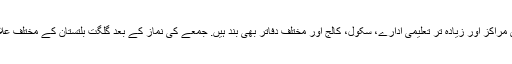
گلگت شہر کے مختلف علاقوں میں سیکیورٹی ہائی الرٹ ہے، جبکہ کاروبای مراکز اور زیادہ تر تعلیمی ادارے، سکول، کالج اور مختلف دفاتر بھی بند ہیں. جمعے کی نماز کے بعد گلگت بلتستان کے مختلف علاقوںمیں احتجاجی جلوس نکالے جائیں گے اور جلسے منعقد کیے جائیں گے.